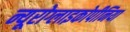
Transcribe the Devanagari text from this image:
न्यूरोग्लाइकोपीनिया